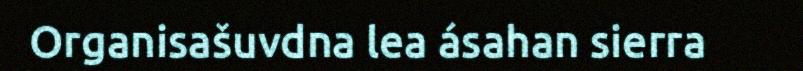
Organisašuvdna lea ásahan sierra